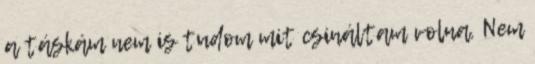
a táskám nem is tudom mit csináltam volna. Nem